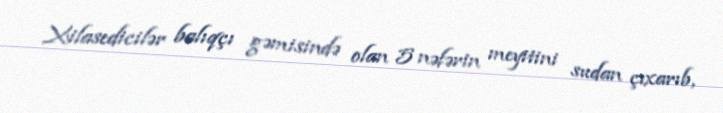
Xilasedicilər balıqçı gəmisində olan 5 nəfərin meyitini sudan çıxarıb,